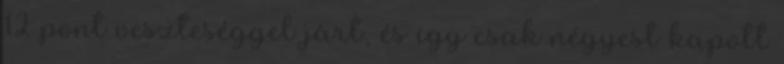
12 pont veszteséggel járt, és így csak négyest kapott